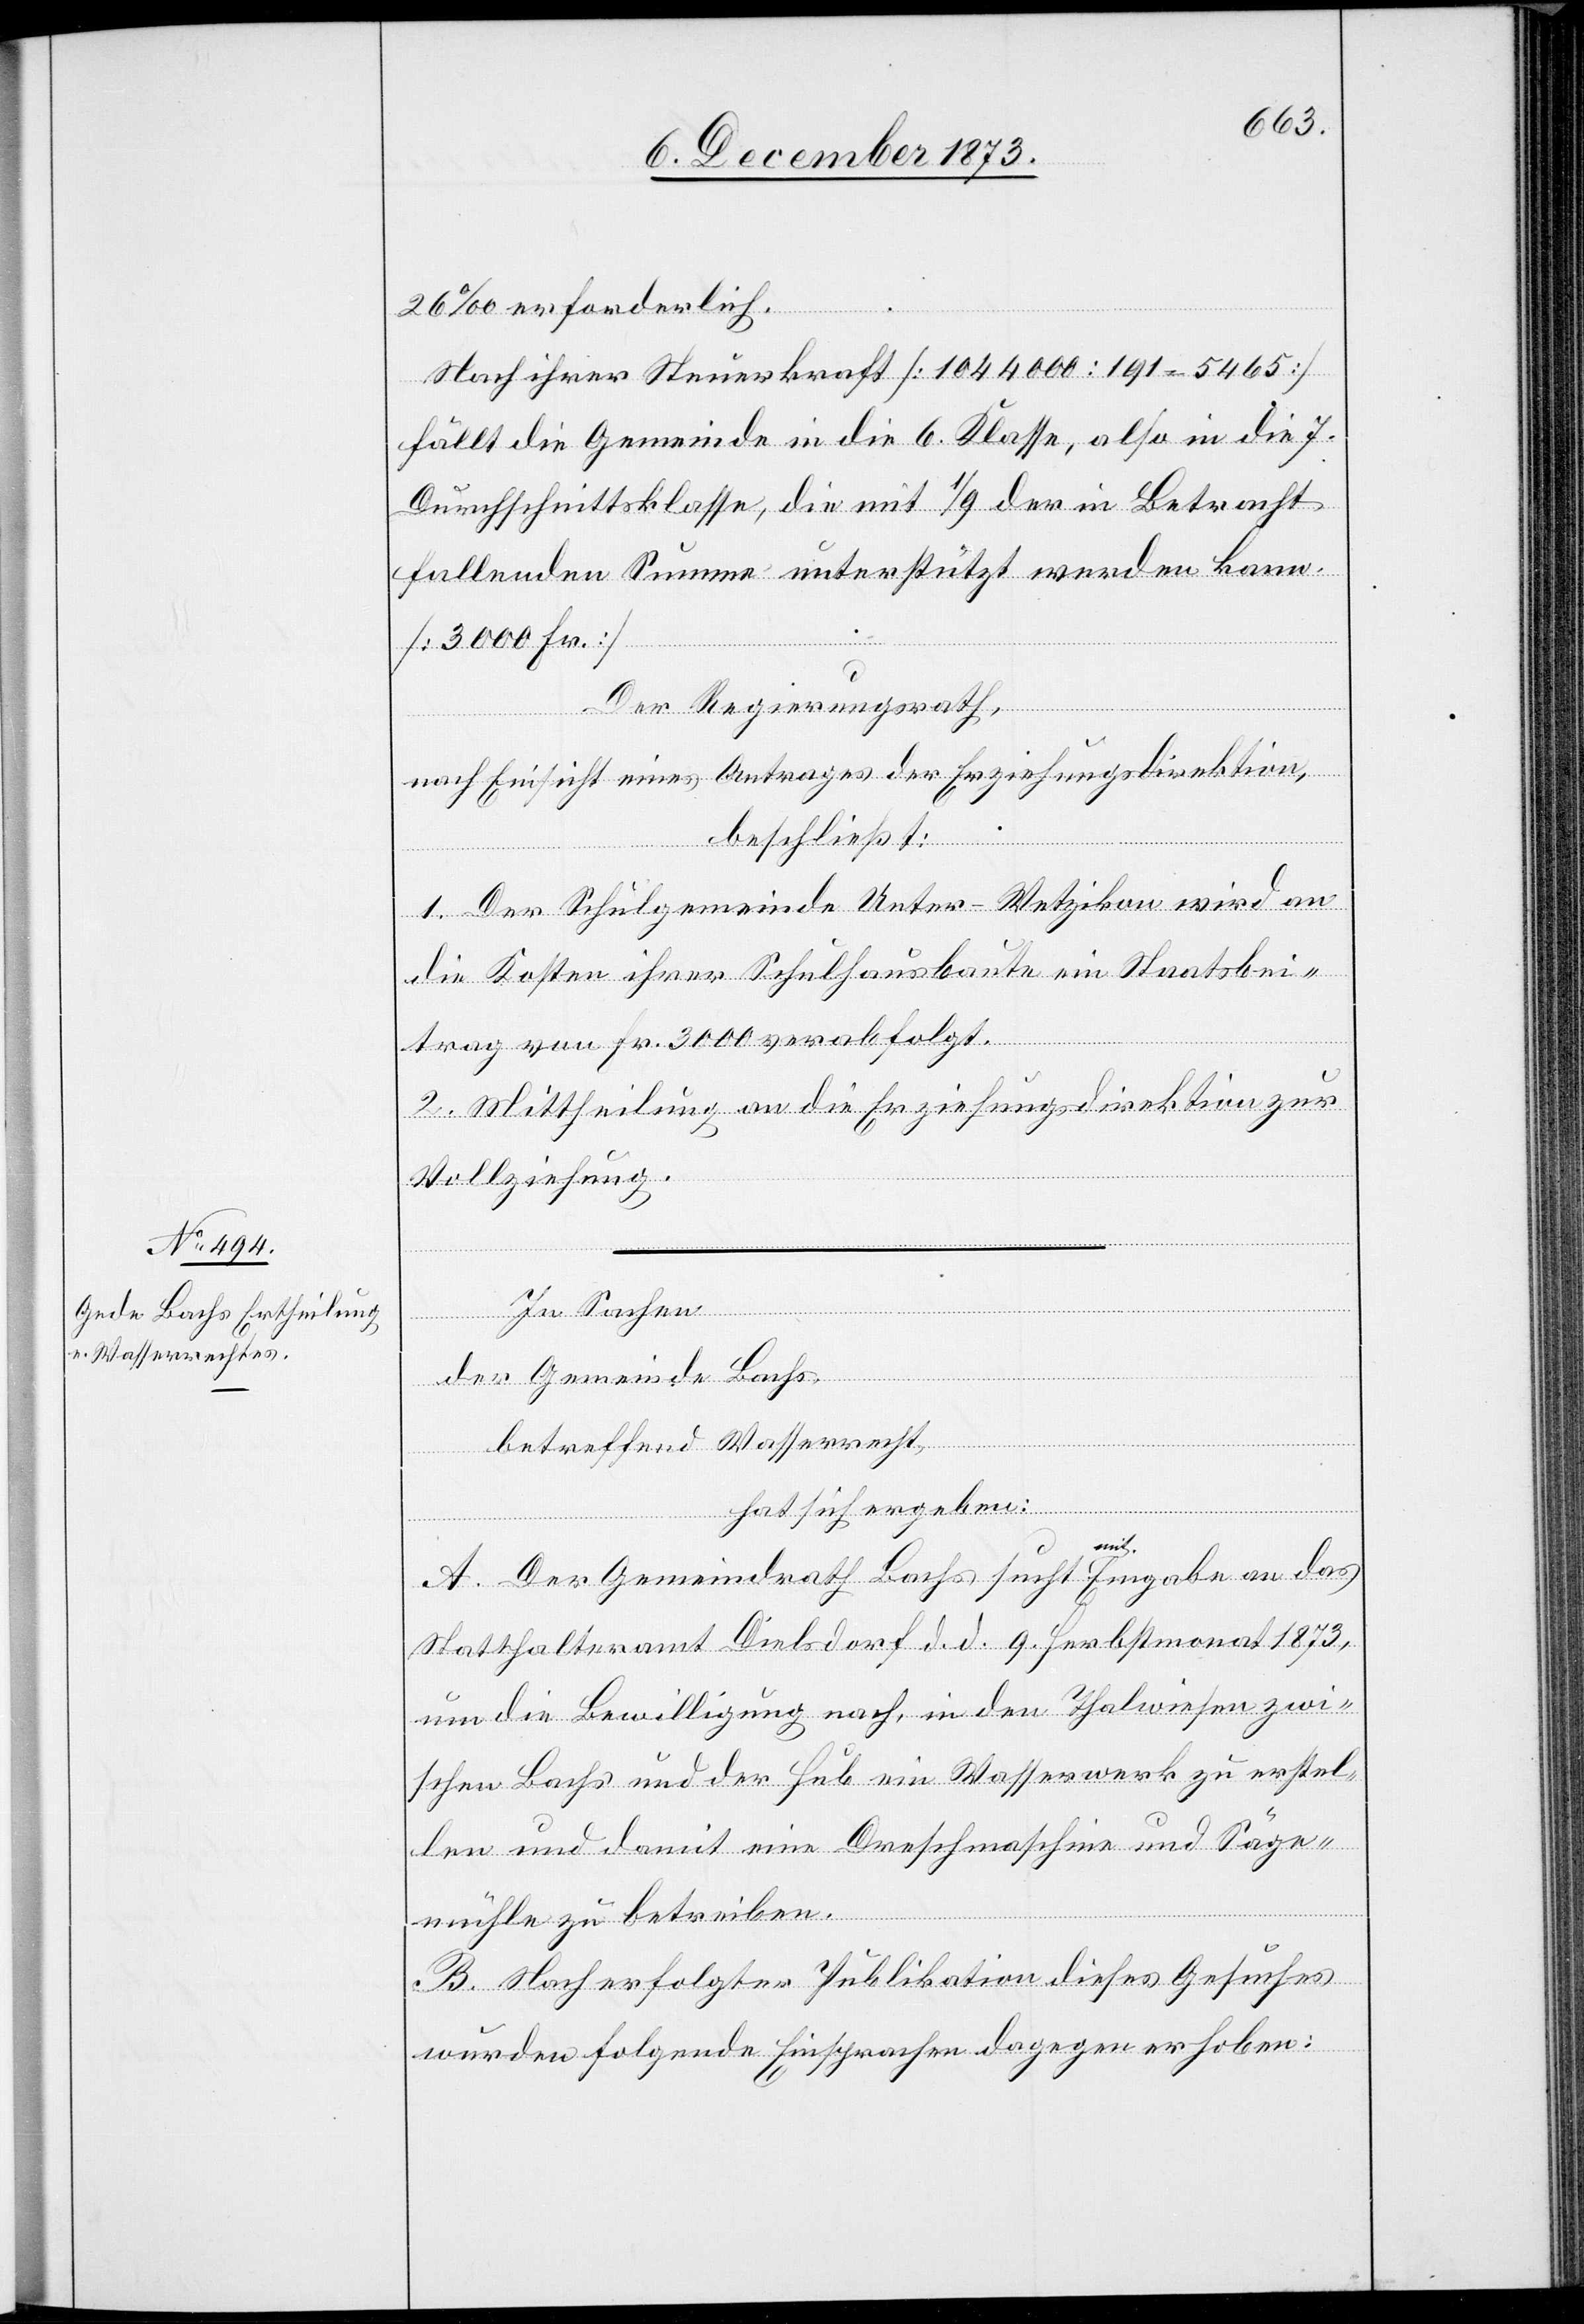
26‰ erforderlich.
Nach ihrer Steuerkraft [1 044 000 : 191 = 5 465]
fällt die Gemeinde in die 6. Klasse, also in die 7.
Durchschnittsklasse, die mit 1/9 der in Betracht
fallenden Summe unterstützt werden kann.
[3 000 Fr.]
Der Regierungsrath,
nach Einsicht eines Antrages der Erziehungsdirektion,
beschließt:
1. Der Schulgemeinde Unter-Wetzikon wird an
die Kosten ihrer Schulhausbaute ein Staatsbei¬
trag von Fr. 3 000 verabfolgt.
2. Mittheilung an die Erziehungsdirektion zur
Vollziehung.
In Sachen
der Gemeinde Bachs,
betreffend Wasserrecht,
hat sich ergeben:
A. Der Gemeindrath Bachs sucht mit Eingabe an das
Statthalteramt Dielsdorf d. d. 9. Herbstmonat 1873,
um die Bewilligung nach, in den Thalwiesen zwi¬
schen Bachs und der Hub ein Wasserwerk zu erstel¬
len und damit eine Dreschmaschine und Säge¬
mühle zu betreiben.
B. Nach erfolgter Publikation dieses Gesuches
wurden folgende Einsprachen dagegen erhoben: